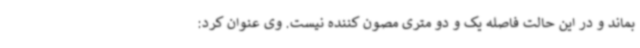
بماند و در این حالت فاصله یک و دو متری مصون کننده نیست. وی عنوان کرد: